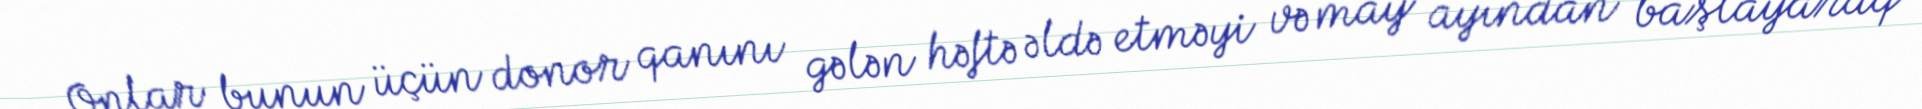
Onlar bunun üçün donor qanını gələn həftə əldə etməyi və may ayından başlayaraq